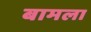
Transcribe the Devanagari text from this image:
बामला